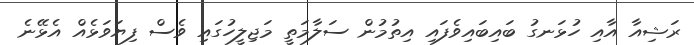
ރަޝިއާ އާއި ހުޅަނގު ބައިބައިވެފައި އިތުމުން ސަލާމަތީ މަޖިލީހުގައި ވެސް ފިޔަވަޅެއް އެޅޭނެ